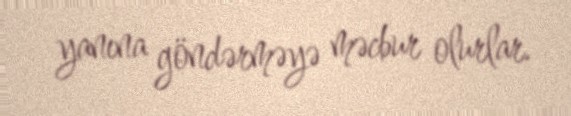
yanına göndərməyə məcbur olurlar.